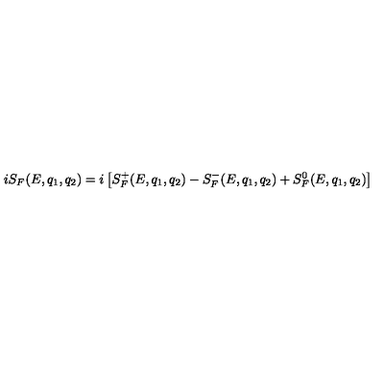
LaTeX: i S _ { F } ( E , q _ { 1 } , q _ { 2 } ) = i \left[ S _ { F } ^ { + } ( E , q _ { 1 } , q _ { 2 } ) - S _ { F } ^ { - } ( E , q _ { 1 } , q _ { 2 } ) + S _ { F } ^ { 0 } ( E , q _ { 1 } , q _ { 2 } ) \right]